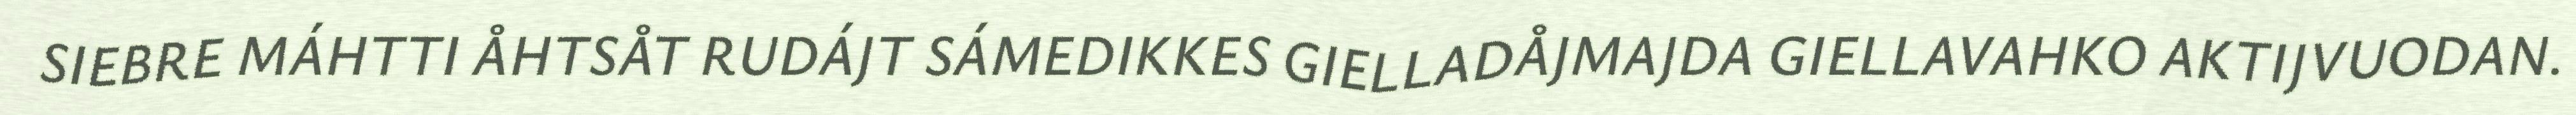
SIEBRE MÁHTTI ÅHTSÅT RUDÁJT SÁMEDIKKES GIELLADÅJMAJDA GIELLAVAHKO AKTIJVUODAN.